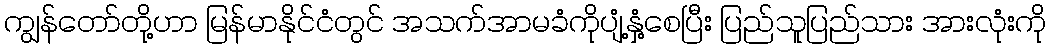
ကျွန်တော်တို့ဟာ မြန်မာနိုင်ငံတွင် အသက်အာမခံကိုပျံ့နှံ့စေပြီး ပြည်သူပြည်သား အားလုံးကို